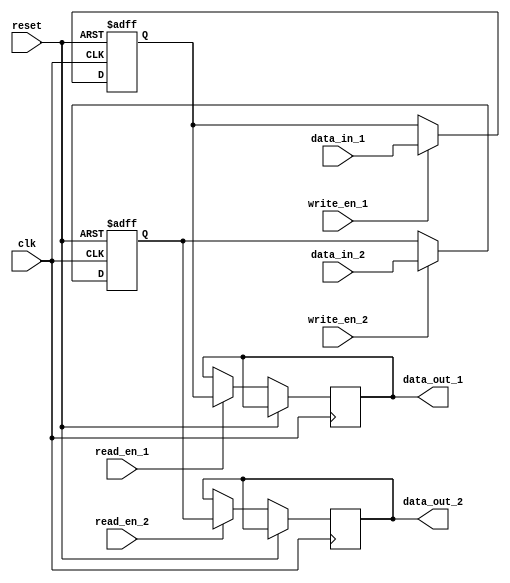
module dual_port_register (
  input clk,
  input reset,
  input [7:0] data_in_1,
  input write_en_1,
  input read_en_1,
  output reg [7:0] data_out_1,
  input [7:0] data_in_2,
  input write_en_2,
  input read_en_2,
  output reg [7:0] data_out_2
);

reg [7:0] storage_1;
reg [7:0] storage_2;

always @(posedge clk or posedge reset) begin
  if (reset) begin
    storage_1 <= 8'h00;
    storage_2 <= 8'h00;
  end else begin
    if (write_en_1) begin
      storage_1 <= data_in_1;
    end
    if (read_en_1) begin
      data_out_1 <= storage_1;
    end
    if (write_en_2) begin
      storage_2 <= data_in_2;
    end
    if (read_en_2) begin
      data_out_2 <= storage_2;
    end
  end
end

endmodule